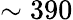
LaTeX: \sim 390